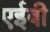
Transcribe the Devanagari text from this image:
एईबी